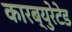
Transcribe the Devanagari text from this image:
कारब्युरेटेड